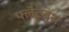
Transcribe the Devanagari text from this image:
फ्लैटबुश